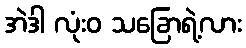
အဲဒါ လုံးဝ သခြောရဲ့လား